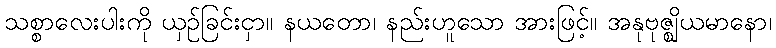
သစ္စာလေးပါးကို ယှဉ်ခြင်းငှာ။ နယတော၊ နည်းဟူသော အားဖြင့်။ အနုဗုဇ္ဈိယမာနော၊